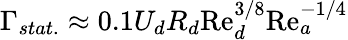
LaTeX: \Gamma_{stat.}\approx 0.1U_{d}R_{d}\mathrm{Re}_{d}^{3/8}\mathrm{Re}_{a}^{-1/4}